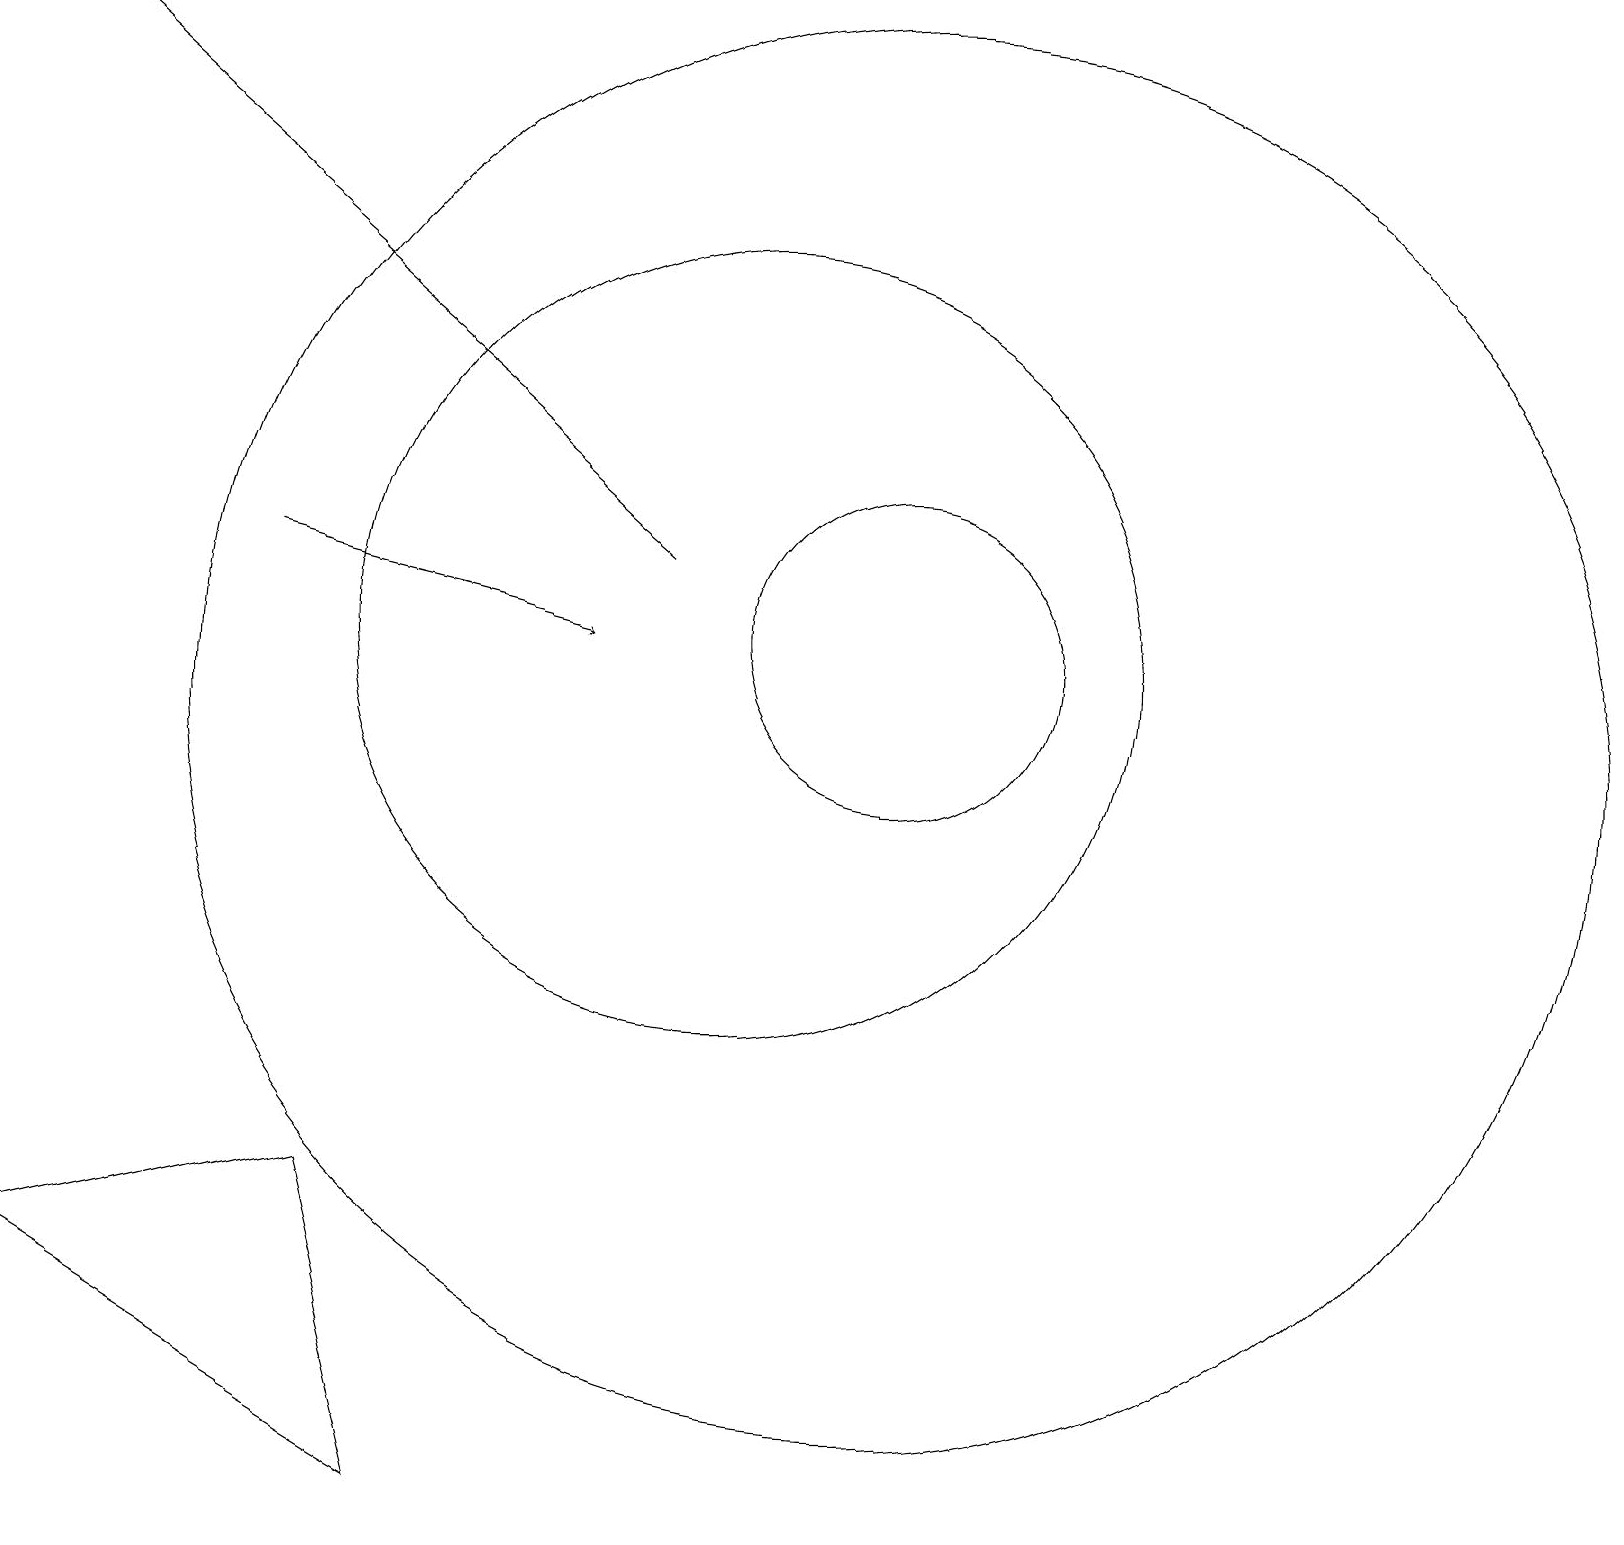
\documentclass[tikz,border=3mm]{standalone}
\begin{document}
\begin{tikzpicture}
\draw (5,4) -- (6,0) -- (1,3) -- cycle;
\draw[->] (4,12) -- (8,11);
\draw (12,11) circle (2);
\draw (12,10) circle (9);
\draw[->] (9,12) -- (1,19);
\draw (10,11) circle (5);
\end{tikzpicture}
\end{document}